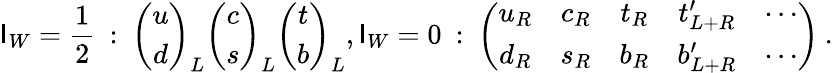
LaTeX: {\mathsf{I}_{W}}={\frac{{1}}{{2}}}\: :\: \left(\begin{array}{c}{{u}}\\ {{d}}\end{array}\right)_{L}\left(\begin{array}{c}{{c}}\\ {{s}}\end{array}\right)_{L}\left(\begin{array}{c}{{t}}\\ {{b}}\end{array}\right)_{L},\mathsf{I}_{W}=0\: :\: \left(\begin{array}{ccccc}{{u_{R}}}&{{c_{R}}}&{{t_{R}}}&{{t_{L+R}^{\prime}}}&{{\cdots}}\\ {{d_{R}}}&{{s_{R}}}&{{b_{R}}}&{{b_{L+R}^{\prime}}}&{{\cdots}}\end{array}\right)\: .